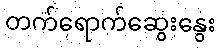
တက်ရောက်ဆွေးနွေး